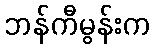
ဘန်ကီမွန်းက